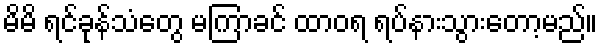
မိမိ ရင်ခုန်သံတွေ မကြာခင် ထာဝရ ရပ်နားသွားတော့မည်။